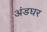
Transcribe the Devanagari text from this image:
अंडघर